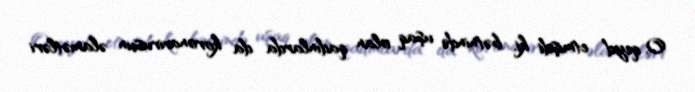
O, qeyd etmişdi ki, bətnində uşaq olan qadınlarda da koronavirusun əlamətləri